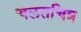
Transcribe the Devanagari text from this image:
चलतचित्र